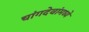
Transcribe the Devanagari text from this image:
चांगदेवांमध्ये